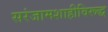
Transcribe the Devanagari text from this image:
सरंजामशाहीविरूद्ध